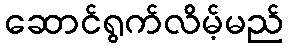
ဆောင်ရွက်လိမ့်မည်